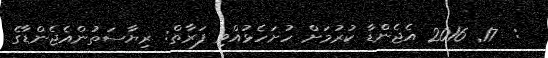
:  17